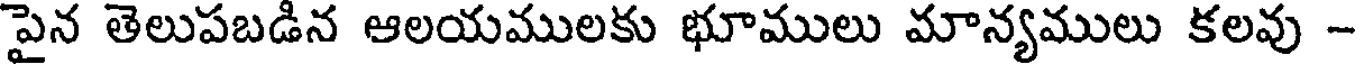
పైన తెలుపబడిన ఆలయములకు భూములు మాన్యములు కలవు -